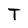
Character: T